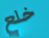
خلع